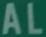
AL